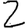
Digit: 2